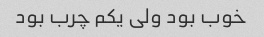
خوب بود ولی یکم چرب بود